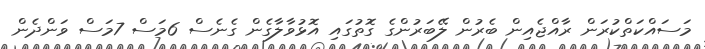
މަސައްކަތްކުރަން ރާއްޖެއިން ބެރުން ލޭބަރުންގެ ގޮތުގައި އޮޅުވާލާގެން ގެނެސް 6މަސް 7މަސް ވަންދެން